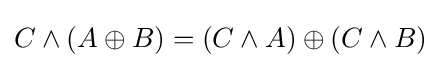
C\land (A\oplus B)=(C\land A)\oplus (C\land B)